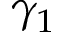
\gamma _ { 1 }